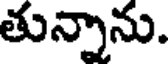
తున్నాను.